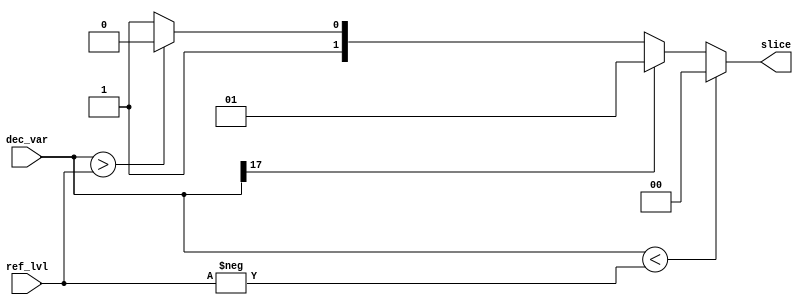
module slicer (
    input signed [17:0] dec_var, ref_lvl,
    output reg [1:0] slice
);

always @ *
    if ( dec_var < -ref_lvl )
        slice = 2'b00;	//-3b
    else if ( dec_var[17] )
        slice = 2'b01;	//-b
    else if (  dec_var > ref_lvl )
        slice = 2'b10;	//3b
    else
        slice = 2'b11;	//b

endmodule